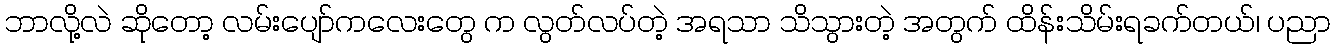
ဘာလို့လဲ ဆိုတော့ လမ်းပျော်ကလေးတွေ က လွတ်လပ်တဲ့ အရသာ သိသွားတဲ့ အတွက် ထိန်းသိမ်းရခက်တယ်၊ ပညာ